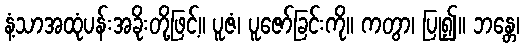
နံ့သာအထုံပန်းအခိုးတို့ဖြင့်။ ပူဇံ၊ ပူဇော်ခြင်းကို။ ကတွာ၊ ပြု၍။ ဘန္တေ၊